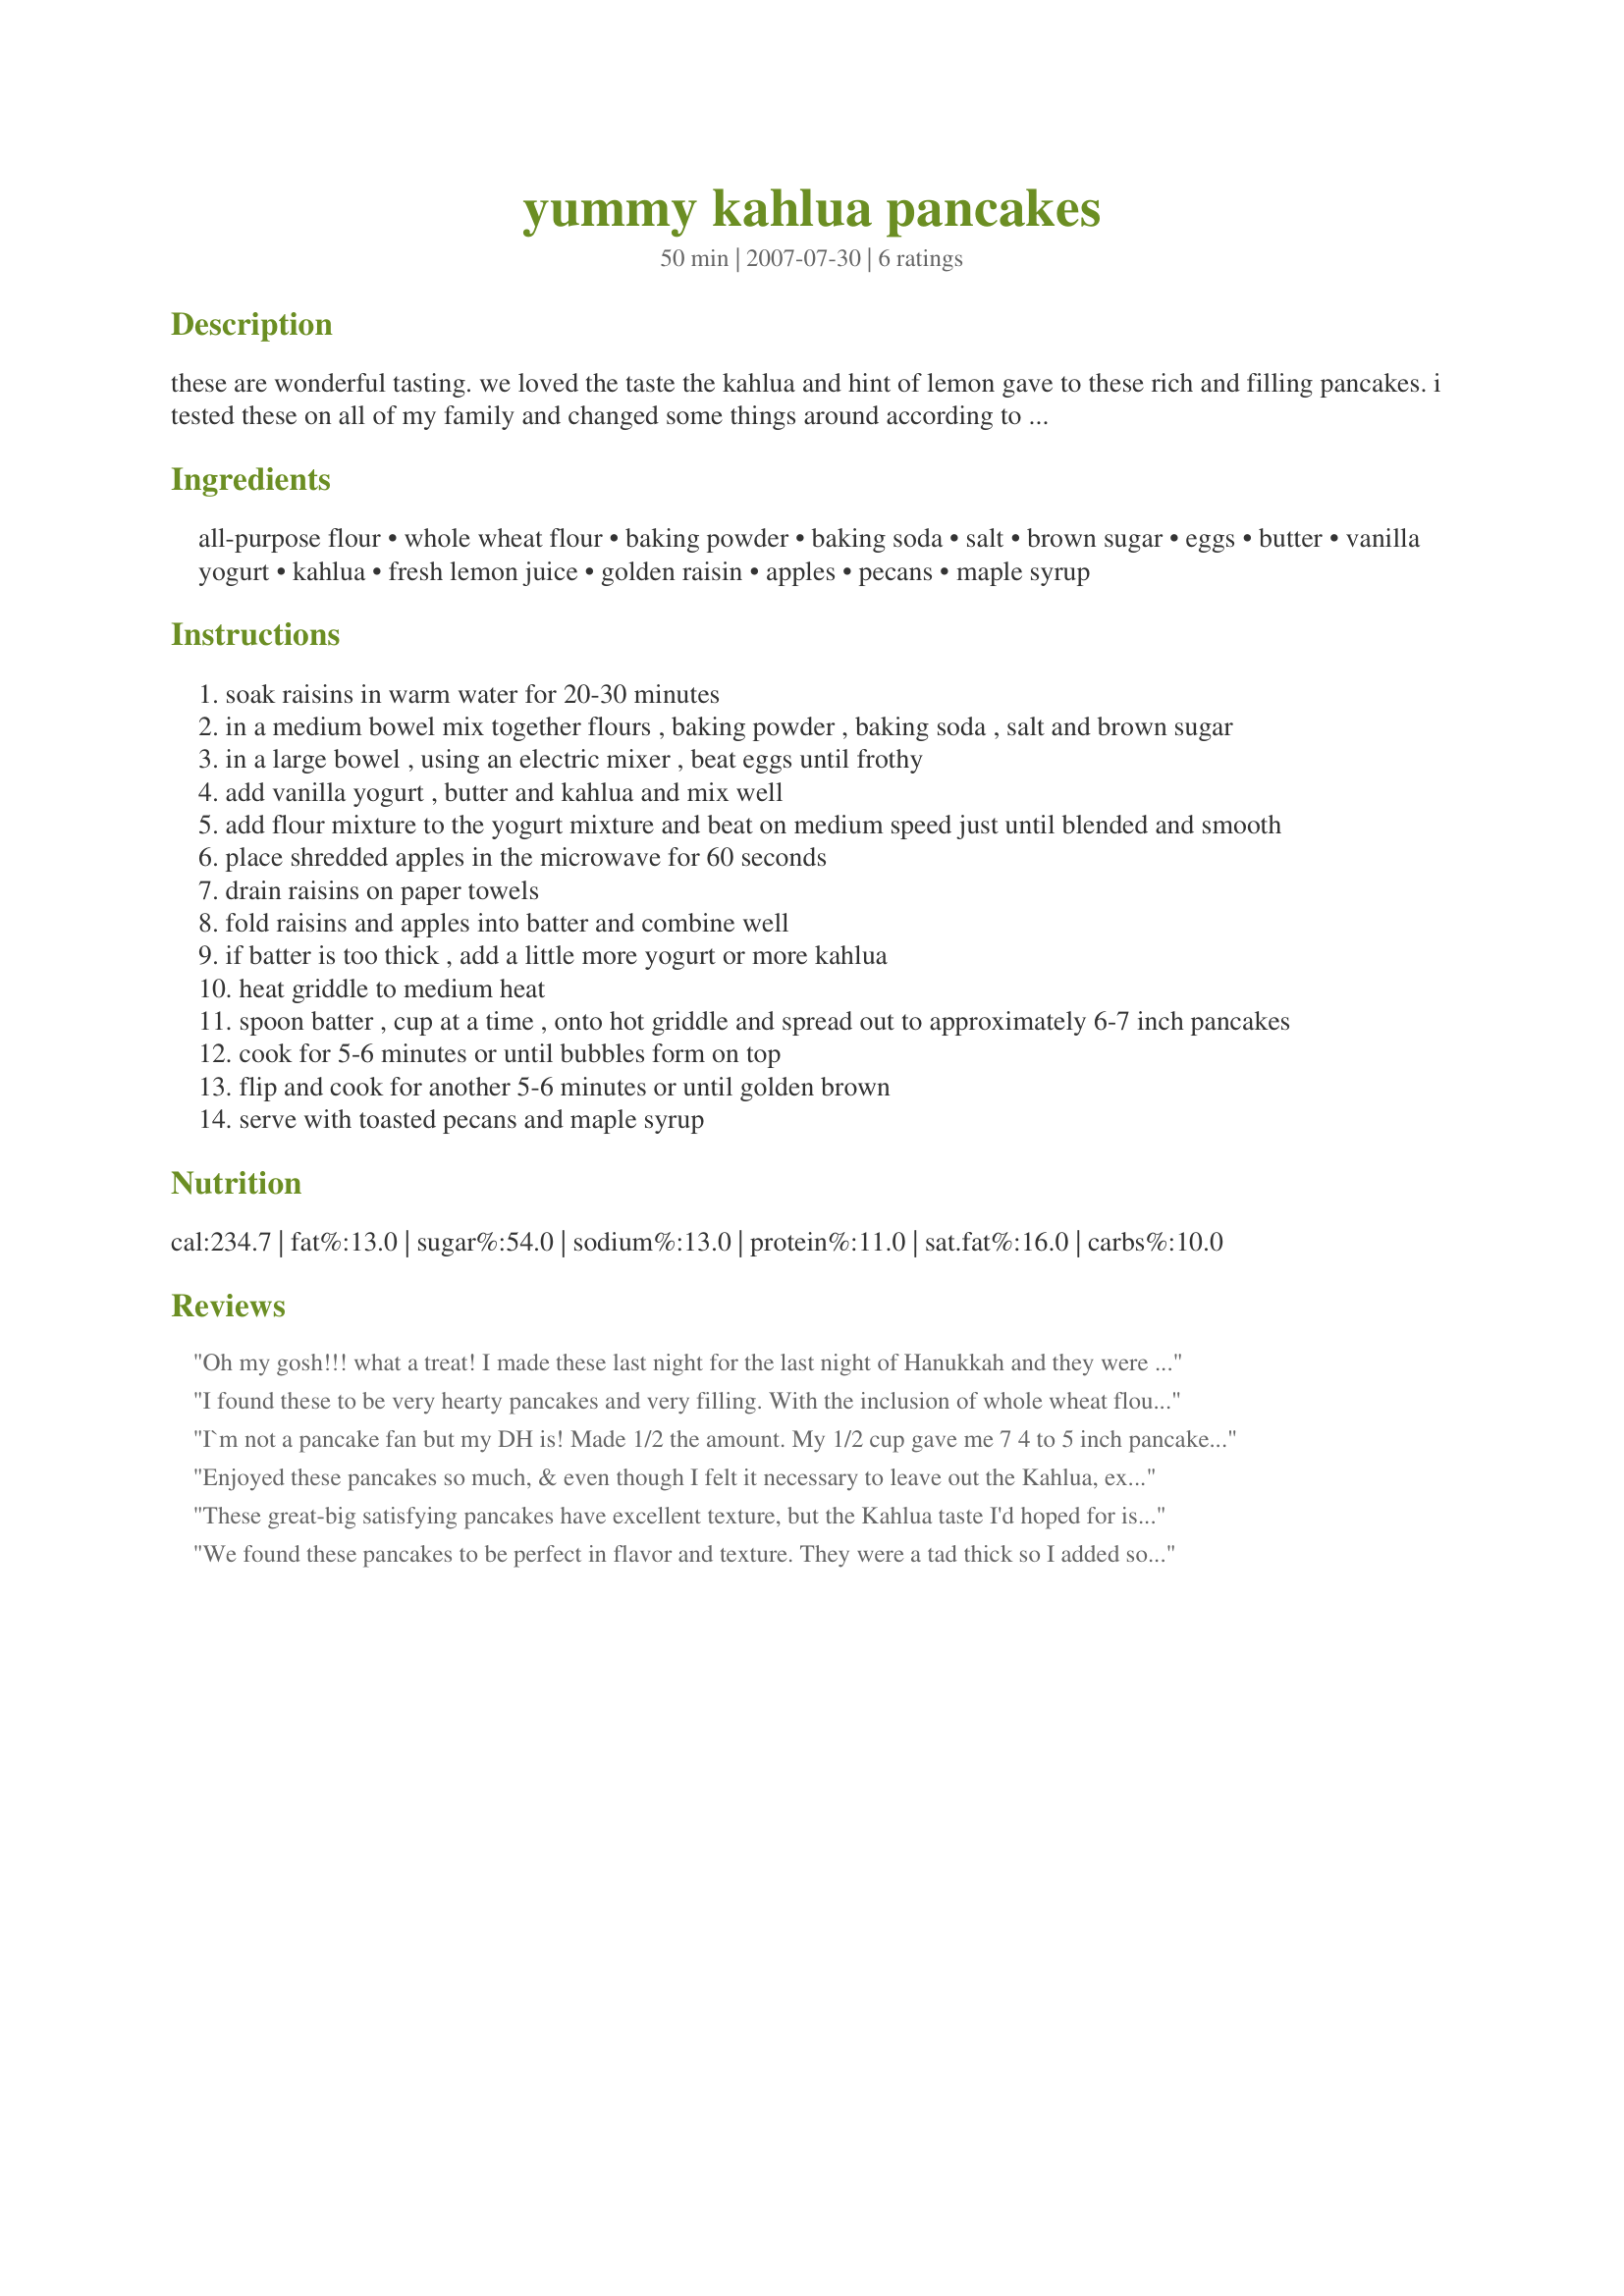
yummy kahlua pancakes
Preparation time: 50 minutes

these are wonderful tasting. we loved the taste the kahlua and hint of lemon gave to these rich and filling pancakes. i tested these on all of my family and changed some things around according to their comments. the last were my dd and her bf and they gave them a thumbs up. this makes 12 6" pancakes. made for rsc #10

Ingredients:
all-purpose flour, whole wheat flour, baking powder, baking soda, salt, brown sugar, eggs, butter, vanilla yogurt, kahlua, fresh lemon juice, golden raisin, apples, pecans, maple syrup

Steps:
soak raisins in warm water for 20-30 minutes
in a medium bowel mix together flours , baking powder , baking soda , salt and brown sugar
in a large bowel , using an electric mixer , beat eggs until frothy
add vanilla yogurt , butter and kahlua and mix well
add flour mixture to the yogurt mixture and beat on medium speed just until blended and smooth
place shredded apples in the microwave for 60 seconds
drain raisins on paper towels
fold raisins and apples into batter and combine well
if batter is too thick , add a little more yogurt or more kahlua
heat griddle to medium heat
spoon batter , cup at a time , onto hot griddle and spread out to approximately 6-7 inch pancakes
cook for 5-6 minutes or until bubbles form on top
flip and cook for another 5-6 minutes or until golden brown
serve with toasted pecans and maple syrup

Reviews:
Oh my gosh!!! what a treat! I made these last night for the last night of Hanukkah and they were so good! The batter was not thick at all when everything was combined, and the Kahlua added a certain amount of richness to the pancakes.
I found these to be very hearty pancakes and very filling. With the inclusion of whole wheat flour they were not designed to be the "lighter than air" type of pancake. That said, they are fluffy and the texture works well. I did find the batter to be a bit thick and had to add more liquid to get it to the right consistency. (I used the liquid from soaking the raisins.) I loved the use of vanilla yogurt in this recipe and thought it was a creative choice. I think next time I will coarse chop the raisins and add the pecans to the batter. Yum! I served this with maple flavored pork sausage. Thank you for your creative RSC #10 entry!
I`m not a pancake fan but my DH is! Made 1/2 the amount. My 1/2 cup gave me 7 4 to 5 inch pancakes. 2 are enough for one serving. Very filling. I did need to add additional milk for they were very thick. The kahlua and lemon was very faint tasting in them. Oh and for the lemon I added it to the apples for the directions didn`t state when to add them. Also the griddle does need to be lightly greased before cooking the pancakes for they will stick! 5 stars with a little tweaking. Thanks!
Enjoyed these pancakes so much, & even though I felt it necessary to leave out the Kahlua, except for that I followed the recipe! Did chop the toasted pecans before using them! ABSOLUTELY GREAT TASTING, & certainly a keeper! [Made & reviewed as a thanks to a chef-with-a-camera in Help a Camera-less Chef Game #5]
These great-big satisfying pancakes have excellent texture, but the Kahlua taste I'd hoped for is somewhat lacking. I'd have liked more depth of flavor (additional Kahlua? some cinnamon?) and sweetness. Also, in order to work with the pancake batter it was necessary to include 1/4 cup additional liquid; I used low-fat milk. On the plus side, the pancakes browned beautifully & evenly on my griddle and the recipe yield is accurate. I'd make these pancakes again with minor adjustments to suit personal taste.
We found these pancakes to be perfect in flavor and texture. They were a tad thick so I added some extra Kahlua and milk. PERFECT!!! The raisins, apples and pecans really puts this over the top. You don't want to miss these pancakes. Thanks for sharing, Nimz.
